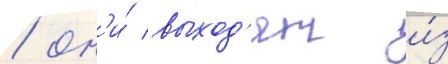
/ он'и́ выход'ят и́з